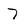
Character: 7